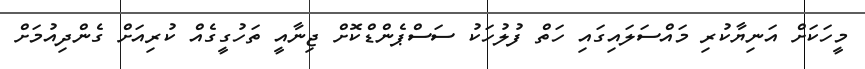
މީހަކަށް އަނިޔާކުރި މައްސަލައިގައި ހަތް ފުލުހަކު ސަސްޕެންޑްކޮށް ޖިނާއީ ތަހުގީގެއް ކުރިއަށް ގެންދިއުމަށް